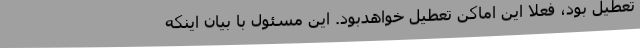
تعطیل بود، فعلا این اماکن تعطیل خواهدبود. این مسئول با بیان اینکه